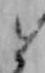
と